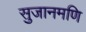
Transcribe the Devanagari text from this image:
सुजानमणि